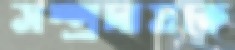
সম্প্রদায়কে